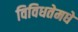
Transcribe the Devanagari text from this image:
विविधतेमधे